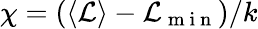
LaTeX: \chi=(\langle\mathcal{L}\rangle-\mathcal{L}_{\mathrm{~m~i~n~}})/k